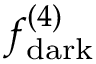
f _ { \mathrm { d a r k } } ^ { ( 4 ) }